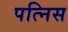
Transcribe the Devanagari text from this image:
पत्निस